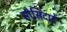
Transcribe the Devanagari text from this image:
सोसिदादे